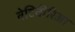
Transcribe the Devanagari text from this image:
वेटिवीरिआ